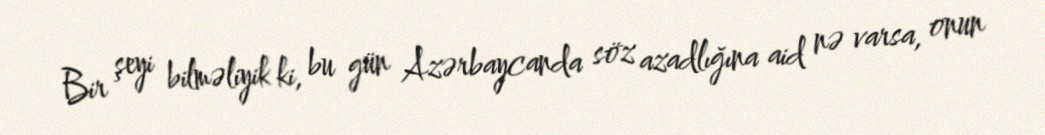
Bir şeyi bilməliyik ki, bu gün Azərbaycanda söz azadlığına aid nə varsa, onun